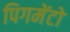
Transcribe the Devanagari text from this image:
पिगमेंटो